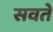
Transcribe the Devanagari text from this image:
सवते